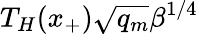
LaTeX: T_{H}(x_{+})\sqrt{q_{m}}\beta^{1/4}